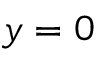
y = 0